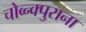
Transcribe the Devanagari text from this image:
चोव्न्क्पुराना